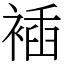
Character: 䙄